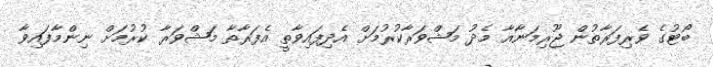
ބޯޓުގެ ވެރިފަރާތުން ޖޫރިމަނާއާ މެދު މަޝްވަރާކުރުމަށް އެދިފައިވާތީ އެފަރާތާ މަޝްވަރާ ކުރުމަށް ނިންމާފައިވާ